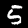
Digit: 5